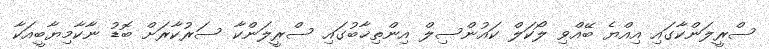
ސްރީލަންކާގައި އިއްޔެ ބޭއްވި ލޯކަލް ކައުންސިލް އިންތިޚާބުގައި ސްރީލަންކާ ސަރުކާރަށް ބޮޑު ނާކާމިޔާބީއަކާ